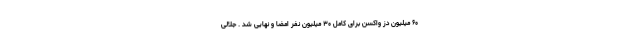
۶۰ میلیون دُز واکسن برای کامل ۳۰ میلیون نفر امضا و نهایی شد . جلالی